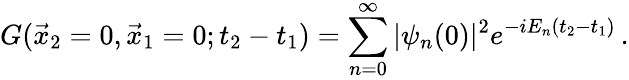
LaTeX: G(\vec{x}_{2}=0,\vec{x}_{1}=0;t_{2}-t_{1})=\sum_{n=0}^{\infty}|\psi_{n}(0)|^{2}e^{-iE_{n}(t_{2}-t_{1})}\, .